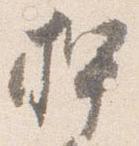
押